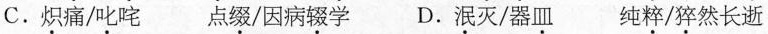
C.炽痛/叱咤 点缀/因病辍学 D.泯灭/器皿 纯粹/猝然长逝